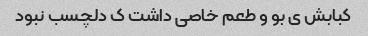
کبابش ی بو و طعم خاصی داشت ک دلچسب نبود